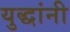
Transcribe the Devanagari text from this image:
युद्धांनी